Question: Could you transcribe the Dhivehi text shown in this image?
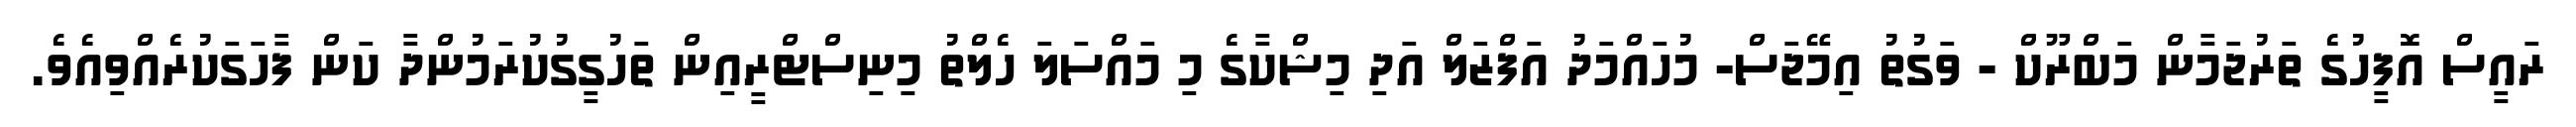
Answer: ރައީސް އޮފީހުގެ ތަރުޖަމާން މަބްރޫކް - ވަގުތު އިމޭޖަސް- މުހައްމަދު އަފްޒަލް އަދި މިޝްކާގެ މި މައްސަލަ ހެލްތު މިނިސްޓްރީއިން ތަހުގީގުކުރަމުންދާ ކަން ފާހަގަކުރެއްވިއެވެ.